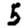
Digit: 5